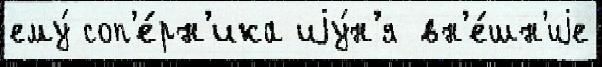
ему́ соп'е́рн'ика иjу́н'я вн'е́шн'иjе